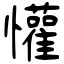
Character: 懽